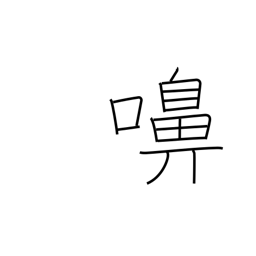
Meaning: snorting